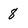
Character: 8